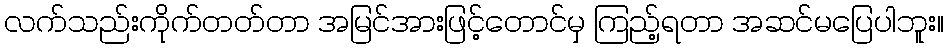
လက်သည်းကိုက်တတ်တာ အမြင်အားဖြင့်တောင်မှ ကြည့်ရတာ အဆင်မပြေပါဘူး။